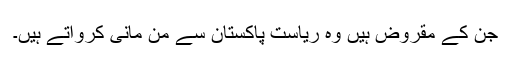
جن کے مقروض ہیں وہ ریاست پاکستان سے من مانی کرواتے ہیں۔